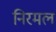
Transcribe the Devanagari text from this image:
निरमल